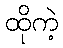
ထိုကဲ့